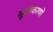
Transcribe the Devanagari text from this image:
सूचीकरणों